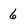
Character: 6